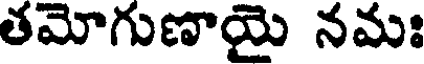
తమోగుణాయై నమః